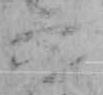
六